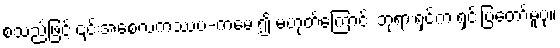
စသည်ဖြင့် ၎င်းအစေလကဿပ-ကမေး၍ မဟုတ်ကြောင်း ဘုရားရှင်က ရှင်းပြတော်မူပုံ။